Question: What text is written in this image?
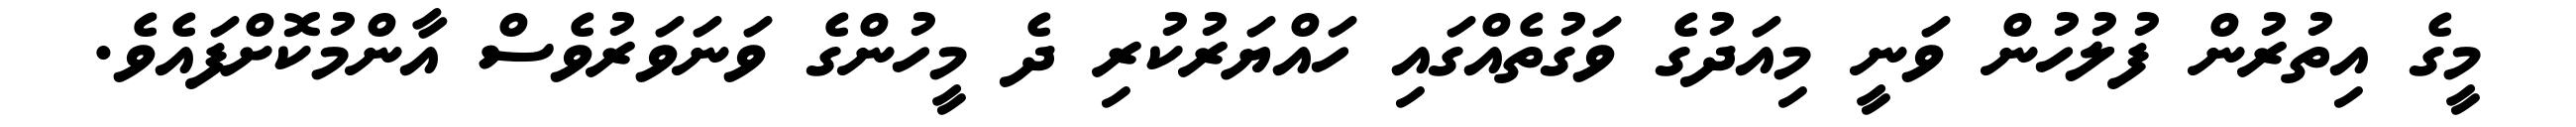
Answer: މީގެ އިތުރުން ފުލުހުން ވަނީ މިއަދުގެ ވަގުތެއްގައި ހައްޔަރުކުރި ދެ މީހުންގެ ވަނަވަރުވެސް އާންމުކޮށްފައެވެ.